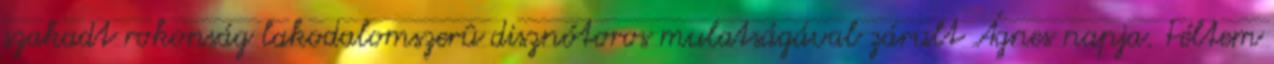
szakadt rokonság lakodalomszerû disznótoros mulatságával zárult Ágnes napja. Féltem